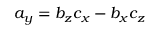
a _ { y } = b _ { z } c _ { x } - b _ { x } c _ { z }